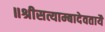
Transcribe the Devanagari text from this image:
॥श्रीसत्याम्बादेवतायै